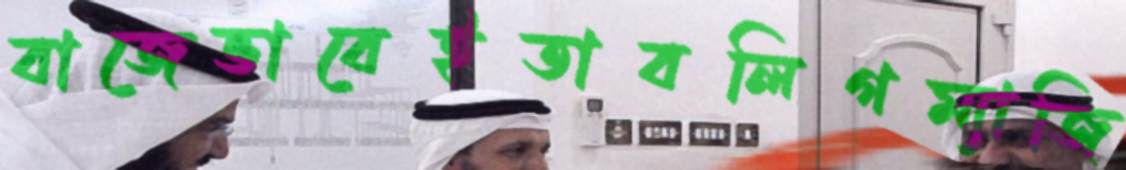
বাজেভাবেইতাবলিগম্যাজি